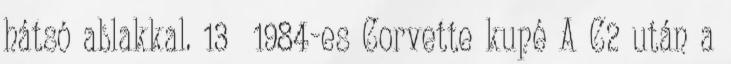
hátsó ablakkal. 13 1984-es Corvette kupé A C2 után a